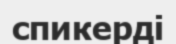
спикерді